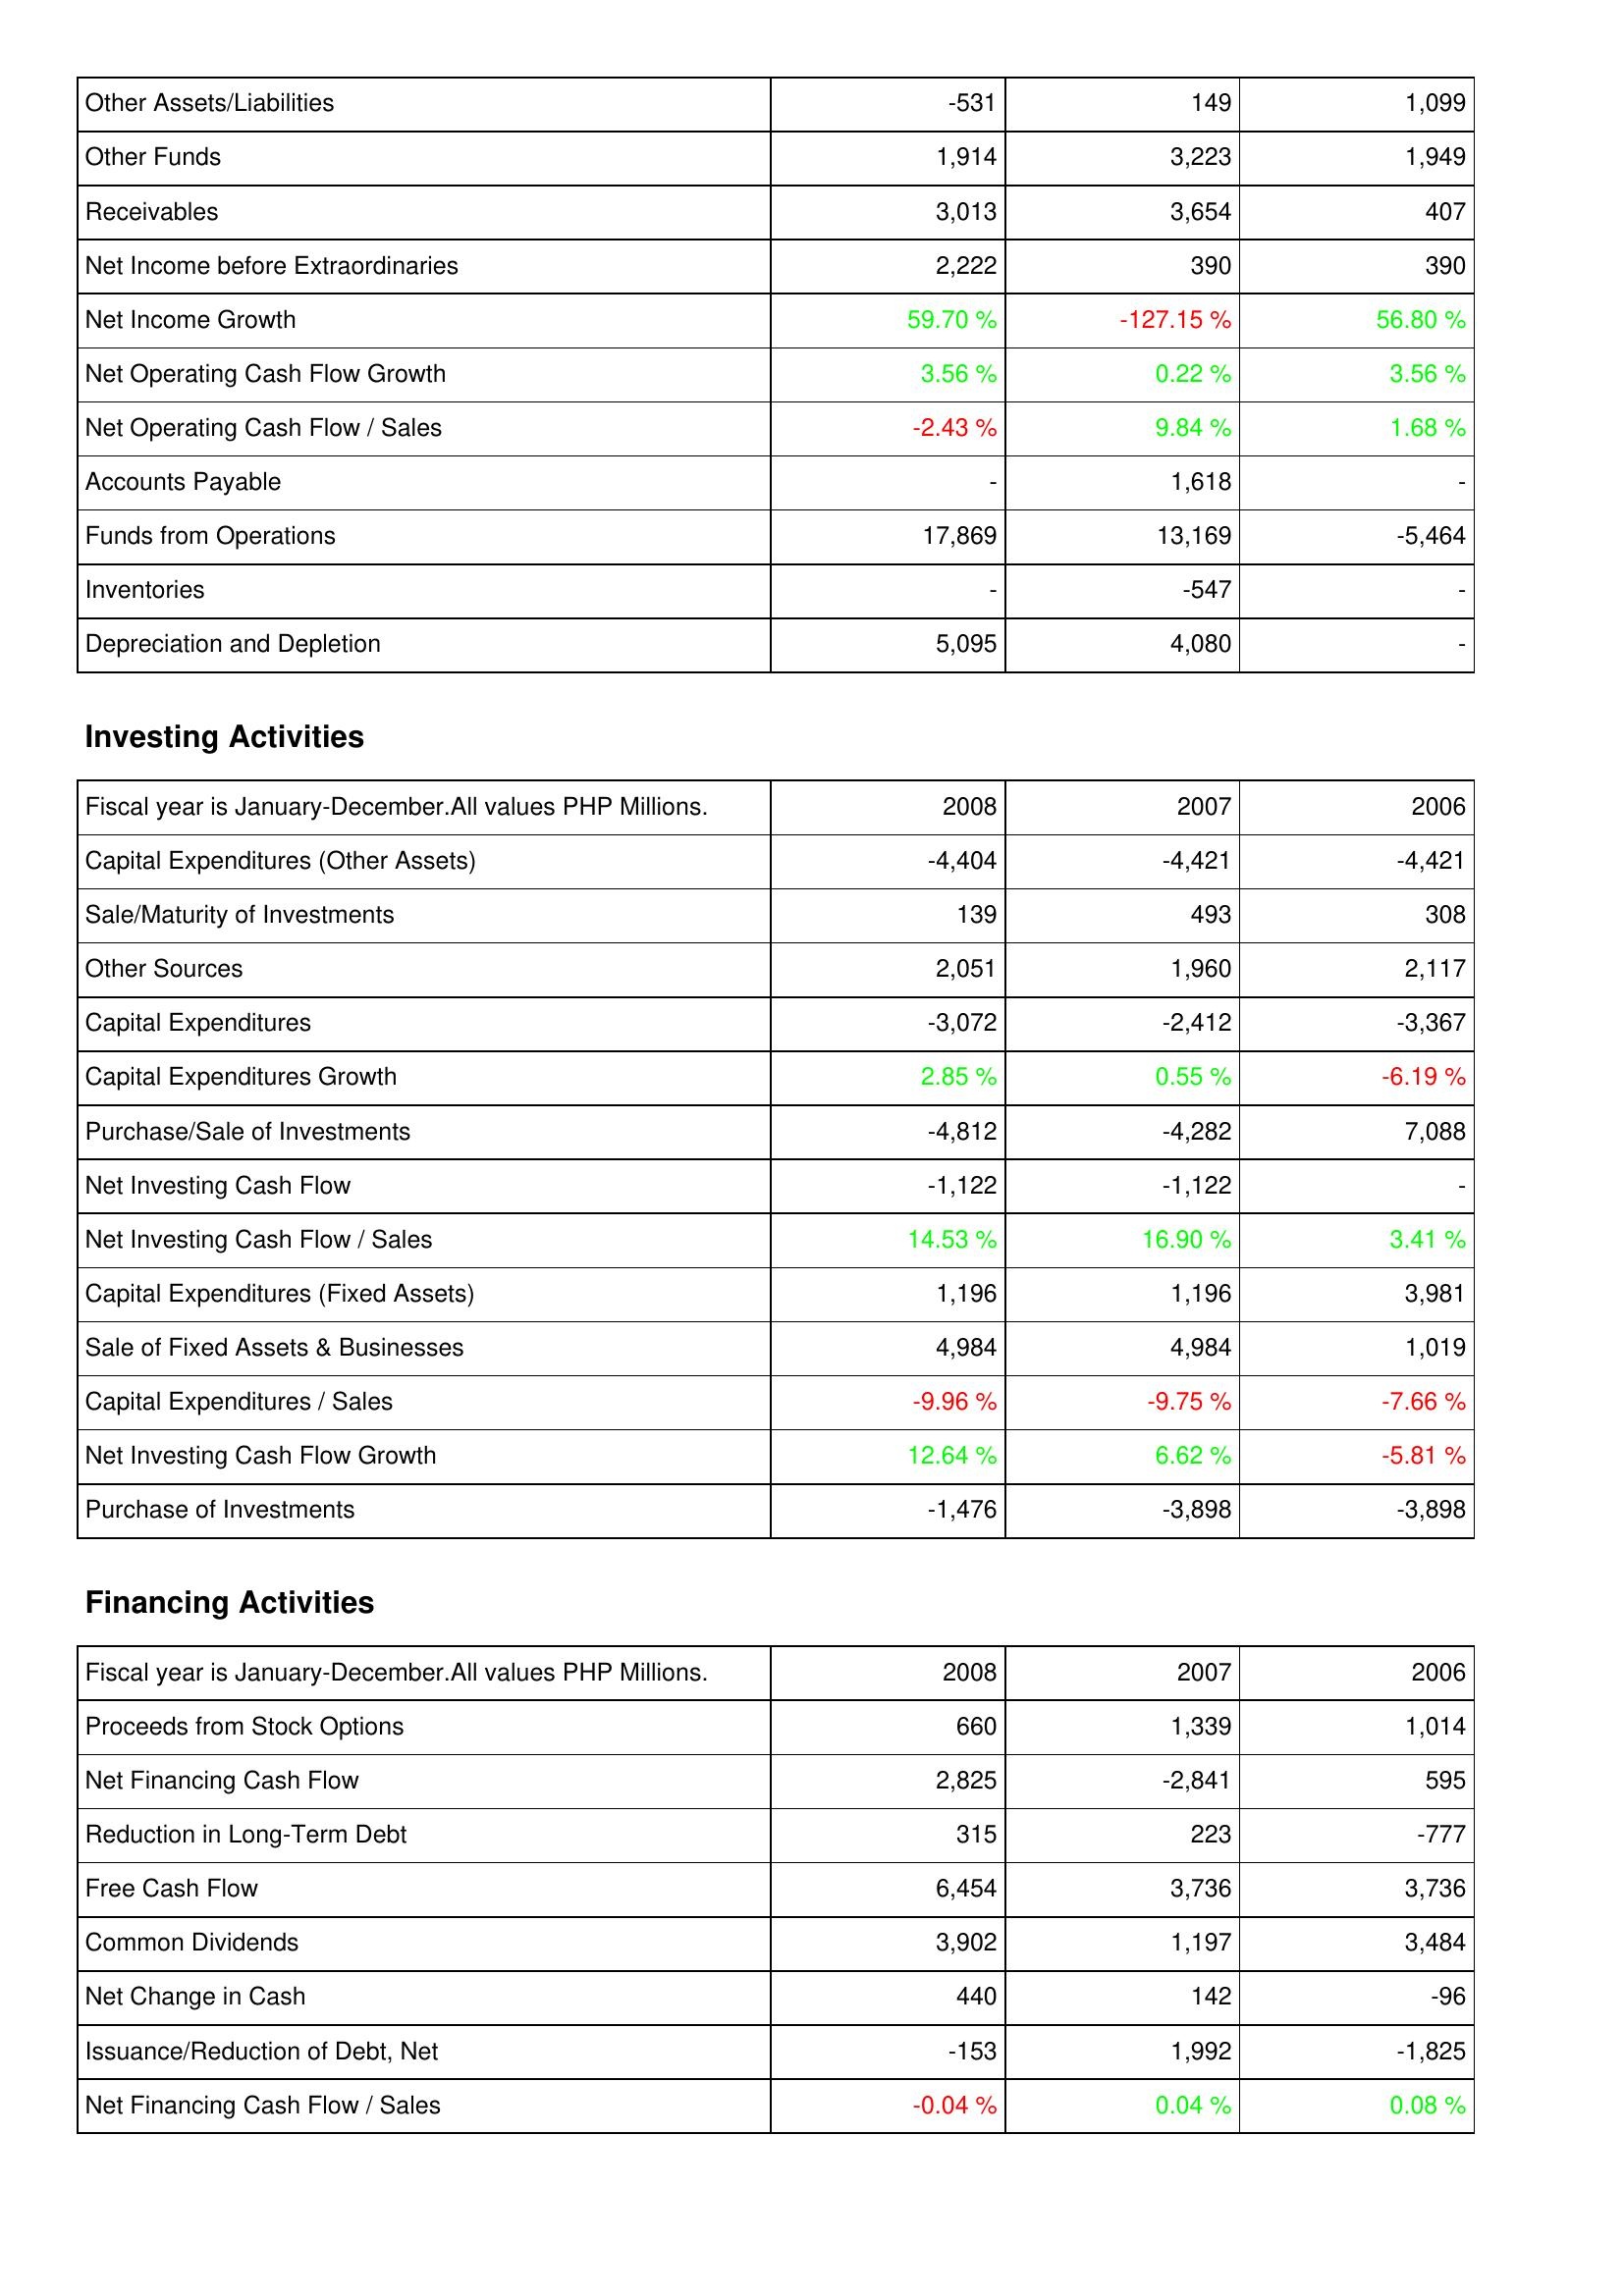
2008: Operating Activities: Other Assets/Liabilities: -531
Other Funds: 1,914
Receivables: 3,013
Net Income before Extraordinaries: 2,222
Net Income Growth: 59.70 %
Net Operating Cash Flow Growth: 3.56 %
Net Operating Cash Flow / Sales: -2.43 %
Accounts Payable: -
Funds from Operations: 17,869
Inventories: -
Depreciation and Depletion: 5,095
Investing Activities: Capital Expenditures (Other Assets): -4,404
Sale/Maturity of Investments: 139
Other Sources: 2,051
Capital Expenditures: -3,072
Capital Expenditures Growth: 2.85 %
Purchase/Sale of Investments: -4,812
Net Investing Cash Flow: -1,122
Net Investing Cash Flow / Sales: 14.53 %
Capital Expenditures (Fixed Assets): 1,196
Sale of Fixed Assets & Businesses: 4,984
Capital Expenditures / Sales: -9.96 %
Net Investing Cash Flow Growth: 12.64 %
Purchase of Investments: -1,476
Financing Activities: Proceeds from Stock Options: 660
Net Financing Cash Flow: 2,825
Reduction in Long-Term Debt: 315
Free Cash Flow: 6,454
Common Dividends: 3,902
Net Change in Cash: 440
Issuance/Reduction of Debt, Net: -153
Net Financing Cash Flow / Sales: -0.04 %
2007: Operating Activities: Other Assets/Liabilities: 149
Other Funds: 3,223
Receivables: 3,654
Net Income before Extraordinaries: 390
Net Income Growth: -127.15 %
Net Operating Cash Flow Growth: 0.22 %
Net Operating Cash Flow / Sales: 9.84 %
Accounts Payable: 1,618
Funds from Operations: 13,169
Inventories: -547
Depreciation and Depletion: 4,080
Investing Activities: Capital Expenditures (Other Assets): -4,421
Sale/Maturity of Investments: 493
Other Sources: 1,960
Capital Expenditures: -2,412
Capital Expenditures Growth: 0.55 %
Purchase/Sale of Investments: -4,282
Net Investing Cash Flow: -1,122
Net Investing Cash Flow / Sales: 16.90 %
Capital Expenditures (Fixed Assets): 1,196
Sale of Fixed Assets & Businesses: 4,984
Capital Expenditures / Sales: -9.75 %
Net Investing Cash Flow Growth: 6.62 %
Purchase of Investments: -3,898
Financing Activities: Proceeds from Stock Options: 1,339
Net Financing Cash Flow: -2,841
Reduction in Long-Term Debt: 223
Free Cash Flow: 3,736
Common Dividends: 1,197
Net Change in Cash: 142
Issuance/Reduction of Debt, Net: 1,992
Net Financing Cash Flow / Sales: 0.04 %
2006: Operating Activities: Other Assets/Liabilities: 1,099
Other Funds: 1,949
Receivables: 407
Net Income before Extraordinaries: 390
Net Income Growth: 56.80 %
Net Operating Cash Flow Growth: 3.56 %
Net Operating Cash Flow / Sales: 1.68 %
Accounts Payable: -
Funds from Operations: -5,464
Inventories: -
Depreciation and Depletion: -
Investing Activities: Capital Expenditures (Other Assets): -4,421
Sale/Maturity of Investments: 308
Other Sources: 2,117
Capital Expenditures: -3,367
Capital Expenditures Growth: -6.19 %
Purchase/Sale of Investments: 7,088
Net Investing Cash Flow: -
Net Investing Cash Flow / Sales: 3.41 %
Capital Expenditures (Fixed Assets): 3,981
Sale of Fixed Assets & Businesses: 1,019
Capital Expenditures / Sales: -7.66 %
Net Investing Cash Flow Growth: -5.81 %
Purchase of Investments: -3,898
Financing Activities: Proceeds from Stock Options: 1,014
Net Financing Cash Flow: 595
Reduction in Long-Term Debt: -777
Free Cash Flow: 3,736
Common Dividends: 3,484
Net Change in Cash: -96
Issuance/Reduction of Debt, Net: -1,825
Net Financing Cash Flow / Sales: 0.08 %